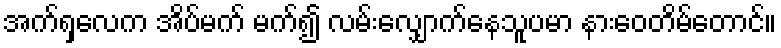
အက်ရှလေက အိပ်မက် မက်၍ လမ်းလျှောက်နေသူပမာ နားဝေတိမ်တောင်။